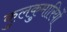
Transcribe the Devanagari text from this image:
कुलकुमारियों